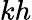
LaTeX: kh